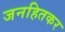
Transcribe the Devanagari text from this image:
जनहितकर